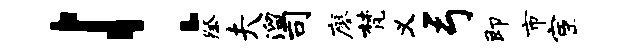
！祭夫溜司廖梵义弓即市宦